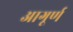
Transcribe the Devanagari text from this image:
आगूर्ण